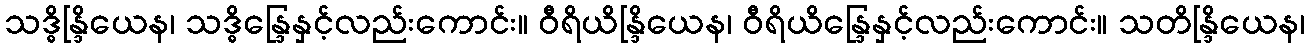
သဒ္ဓိန္ဒြိယေန၊ သဒ္ဓိန္ဒြေနှင့်လည်းကောင်း။ ဝီရိယိန္ဒြိယေန၊ ဝီရိယိန္ဒြေနှင့်လည်းကောင်း။ သတိန္ဒြိယေန၊